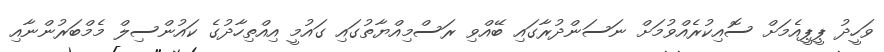
ވަހީދު ޕީޕީއެމަށް ސޮއިކުރެއްވުމަށް ނަސަންދުރާގައި ބޭއްވި ރަސްމިއްޔާތުގައި ގައުމީ އިއްތިހާދުގެ ކައުންސިލް މެމްބަރުންނާއި